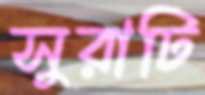
সুরাটি